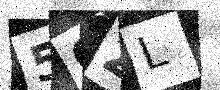
Text: 5OZL